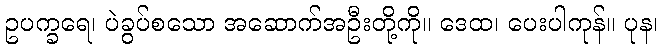
ဥပက္ခရေ၊ ပဲခွပ်စသော အဆောက်အဦးတို့ကို။ ဒေထ၊ ပေးပါကုန်။ ပုန၊